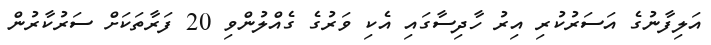
އަލިފާނުގެ އަސަރުކުރި އިރު ހާދިސާގައި އެކި ވަރުގެ ގެއްލުންވި 20 ފަރާތަކަށް ސަރުކާރުން